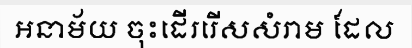
អនាម័យ ចុះដើររើសសំរាម ដែល